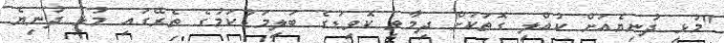
"މުޅި ދުނިޔެއަށް ކުއްލި ގޮތަކަށް ދިމާވި ކޮވިޑުގެ ބަލިމަޑުކަމުގެ ތެރޭގައި މުޅި ދުނިޔެ